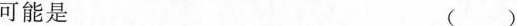
可能是 ()